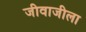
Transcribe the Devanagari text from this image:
जीवाजीला